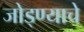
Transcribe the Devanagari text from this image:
जोड्ण्याचे